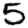
Digit: 5